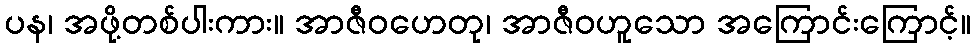
ပန၊ အဖို့တစ်ပါးကား။ အာဇီဝဟေတု၊ အာဇီဝဟူသော အကြောင်းကြောင့်။